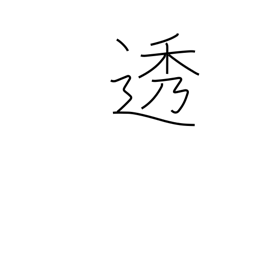
Meaning: filter